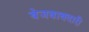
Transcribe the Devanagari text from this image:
बेजबाबदारी